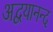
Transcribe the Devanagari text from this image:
अद्वयानन्द